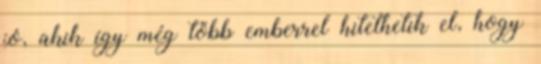
jó, akik így még több emberrel hitethetik el, hogy